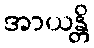
အာယန္တိ